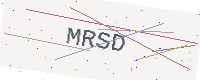
Text: MRSD